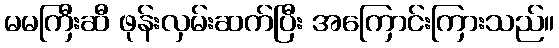
မမကြီးဆီ ဖုန်းလှမ်းဆက်ပြီး အကြောင်းကြားသည်။